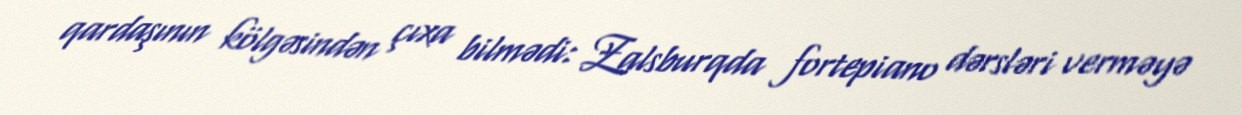
qardaşının kölgəsindən çıxa bilmədi: Zalsburqda fortepiano dərsləri verməyə